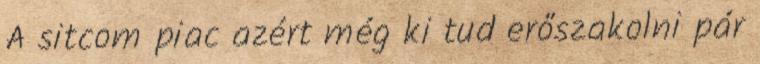
A sitcom piac azért még ki tud erőszakolni pár